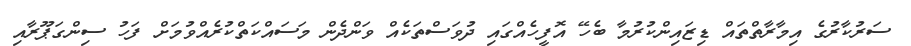
ސަރުކާރުގެ އިމާރާތްތައް ޑިޒައިންކުރުމާ ބެހޭ އޮފީހެއްގައި ދުވަސްތަކެއް ވަންދެން މަސައްކަތްކުރެއްވުމަށް ފަހު ސިންގަޕޫރާއި